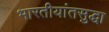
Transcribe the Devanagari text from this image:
भारतीयांतसुद्धा